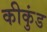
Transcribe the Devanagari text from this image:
कीकुंड